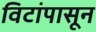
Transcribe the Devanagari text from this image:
विटांपासून